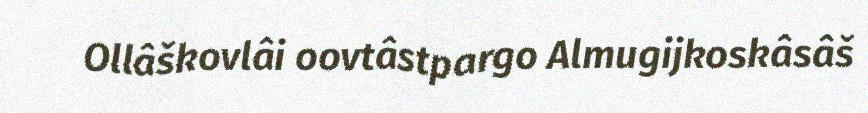
Ollâškovlâi oovtâstpargo Almugijkoskâsâš